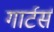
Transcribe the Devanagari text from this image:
गार्टर्स